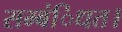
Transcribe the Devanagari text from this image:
सम्बंिधत।